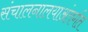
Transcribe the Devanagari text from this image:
संचालनालयाअंतर्गत